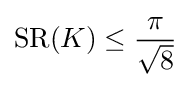
\mathrm {SR} (K)\leq {\frac {\pi }{\sqrt {8}}}